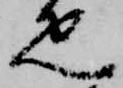
疋